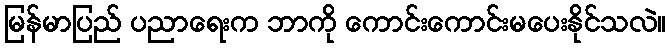
မြန်မာပြည် ပညာရေးက ဘာကို ကောင်းကောင်းမပေးနိုင်သလဲ။